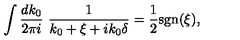
\int \frac { d k _ { 0 } } { 2 \pi i } \ \frac { 1 } { k _ { 0 } + \xi + i k _ { 0 } \delta } = \frac { 1 } { 2 } \mathrm { s g n } ( \xi ) ,